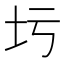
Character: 圬